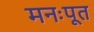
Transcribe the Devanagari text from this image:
मनःपूत